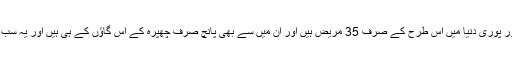
پروگیریا ایک انتہائی نادر مرض ہے اور پوری دنیا میں اس طرح کے صرف 35 مریض ہیں اور ان میں سے بھی پانچ صرف چھپرہ کے اس گاؤں کے ہی ہیں اور یہ سب کے سب بدقسمت رضیہ کے بیٹے ہیں۔